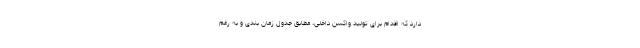
دارد که اقدام برای تولید واکسن داخلی، مطابق جدول زمان بندی و به رغم